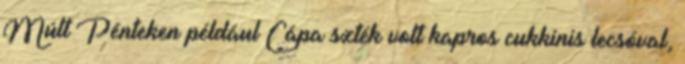
Múlt Pénteken például Cápa szték volt kapros cukkinis lecsóval,